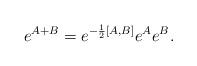
LaTeX: \begin{align*}e^{A+B}=e^{-\frac{1}{2}\left[ A,B\right]}e^{A}e^{B}.\end{align*}